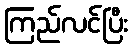
ကြည်လင်ပြီး